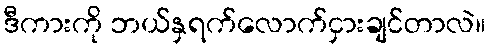
ဒီကားကို ဘယ်နှရက်လောက်ငှားချင်တာလဲ။